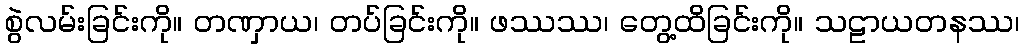
စွဲလမ်းခြင်းကို။ တဏှာယ၊ တပ်ခြင်းကို။ ဖဿဿ၊ တွေ့ထိခြင်းကို။ သဠာယတနဿ၊